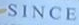
SINCE